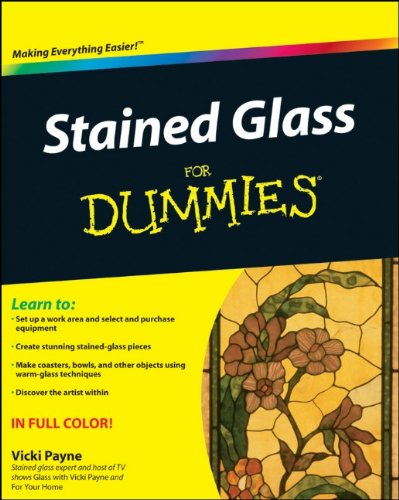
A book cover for Stained Glass For Dummies; Vicki Payne; Crafts, Hobbies & Home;